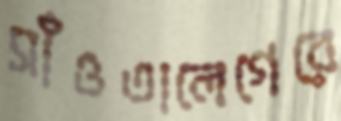
সাঁওতালেগেরে